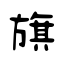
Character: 旗